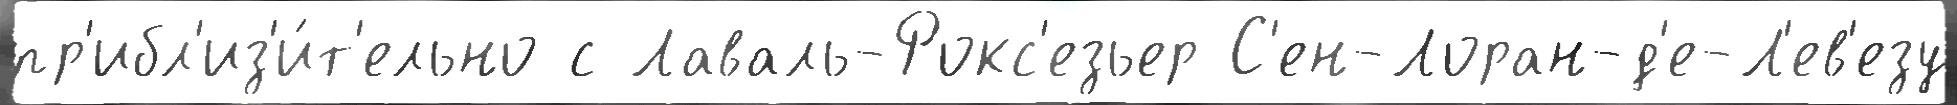
пр'ибл'из'и́т'ельно с Лаваль-Рокс'езьер С'ен-Лоран-д'е-Л'ев'езу